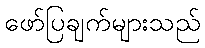
ဖော်ပြချက်များသည်